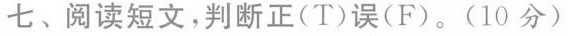
七、阅读短文,判断正(T)误(F).(10分)